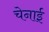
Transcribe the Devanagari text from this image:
चेनाई